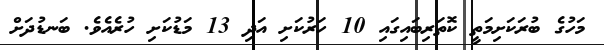
މަހުގެ ބުރަކަށިމަތީ ކޮތަރިބައިގައި 10 ހަރުކަށި އަދި 13 މަޑުކަށި ހުރެއެވެ. ބަނޑުދަށް